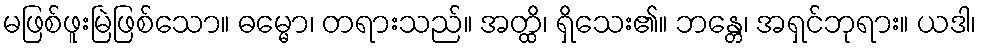
မဖြစ်ဖူးမြဲဖြစ်သော။ ဓမ္မော၊ တရားသည်။ အတ္ထိ၊ ရှိသေး၏။ ဘန္တေ၊ အရှင်ဘုရား။ ယဒါ၊